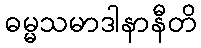
ဓမ္မသမာဒါနာနီတိ